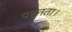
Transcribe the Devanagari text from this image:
पहनता।